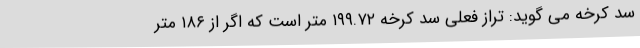
سد کرخه می گوید: تراز فعلی سد کرخه ۱۹۹.۷۲ متر است که اگر از ۱۸۶ متر